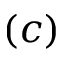
( c )